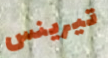
تيرينس